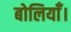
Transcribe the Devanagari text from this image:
बोलियाँ।